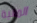
المالية